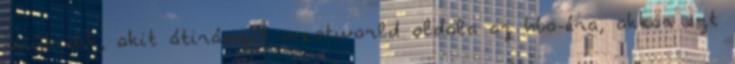
működik, akit átirányít westworld oldala az hbo-éra, akkor ezt